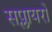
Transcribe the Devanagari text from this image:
सप्लायरों